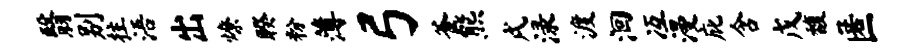
翳别拄浯出燎睽粉薄弓釜熊戌渌渡洄冱漫庇含戊馥匿